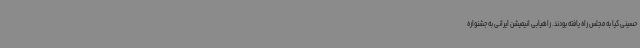
حسینی کیا به مجلس راه یافته بودند. راهیابی انیمیشن ایرانی به جشنواره‌